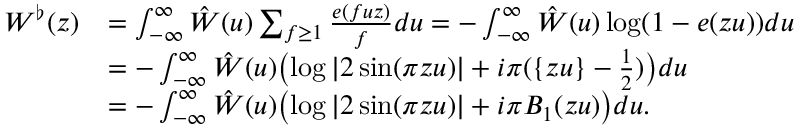
\begin{array} { r l } { W ^ { \flat } ( z ) } & { = \int _ { - \infty } ^ { \infty } \hat { W } ( u ) \sum _ { f \ge 1 } \frac { e ( f u z ) } { f } d u = - \int _ { - \infty } ^ { \infty } \hat { W } ( u ) \log ( 1 - e ( z u ) ) d u } \\ & { = - \int _ { - \infty } ^ { \infty } \hat { W } ( u ) \bigl ( \log | 2 \sin ( \pi z u ) | + i \pi ( \{ z u \} - \frac 1 2 ) \bigr ) d u } \\ & { = - \int _ { - \infty } ^ { \infty } \hat { W } ( u ) \bigl ( \log | 2 \sin ( \pi z u ) | + i \pi B _ { 1 } ( z u ) \bigr ) d u . } \end{array}